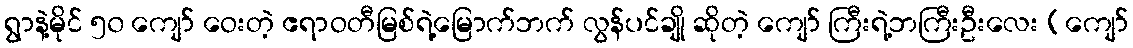
ရွာနဲ့မိုင် ၅၀ ကျော် ဝေးတဲ့ ဧရာဝတီမြစ်ရဲ့မြောက်ဘက် လွန်ပင်ချို ဆိုတဲ့ ကျော် ကြီးရဲ့ဘကြီးဦးလေး (ကျော်